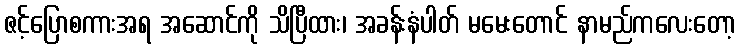
ဇင့်ပြောစကားအရ အဆောင်ကို သိပြီထား၊ အခန်းနံပါတ် မမေးတောင် နာမည်ကလေးတော့